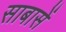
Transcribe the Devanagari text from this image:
साबासें